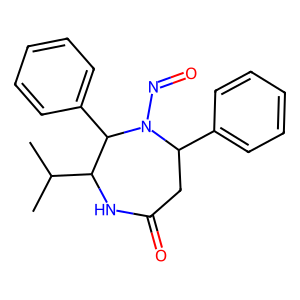
SMILES: CC(C)C1NC(=O)CC(c2ccccc2)N(N=O)C1c1ccccc1
Inhibits HIV replication: No